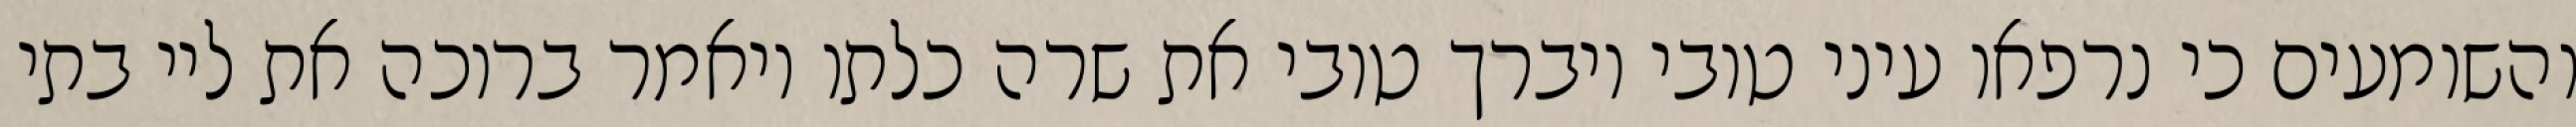
והשומעים כי נרפאו עיני טובי ויברך טובי את שרה כלתו ויאמר ברוכה את ליי בתי